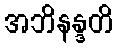
အဘိနန္ဒတိ